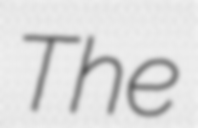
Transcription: The